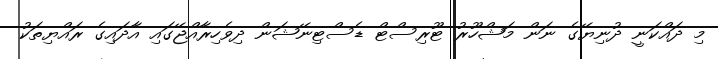
މި ދައްކަނީ ދުނިޔޭގެ ނަން މަޝްހޫރު ޓޫރިސްޓް ޑެސްޓިނޭޝަން ދިވެހިރާއްޖޭގައި އާދައިގެ ރައްޔިތަކު